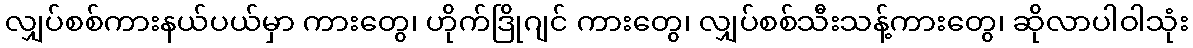
လျှပ်စစ်ကားနယ်ပယ်မှာ ကားတွေ၊ ဟိုက်ဒြိုဂျင် ကားတွေ၊ လျှပ်စစ်သီးသန့်ကားတွေ၊ ဆိုလာပါဝါသုံး